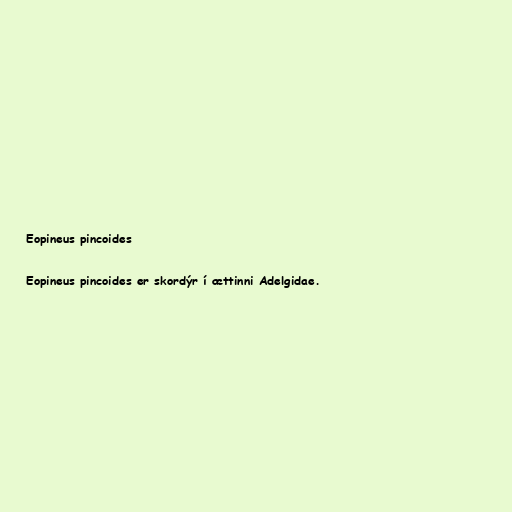
Eopineus pincoides

Eopineus pincoides er skordýr í ættinni Adelgidae.